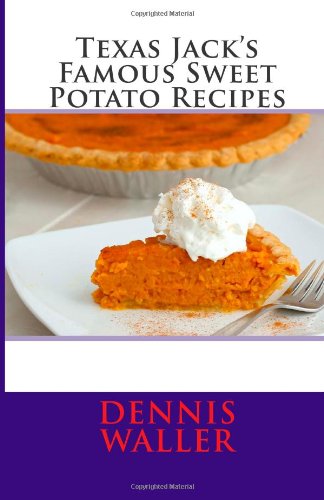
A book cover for Texas Jack's Famous Sweet Potato Recipes; Dennis Waller; Cookbooks, Food & Wine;